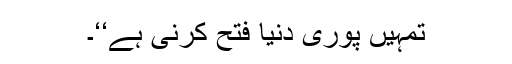
تمہیں پوری دنیا فتح کرنی ہے‘‘۔